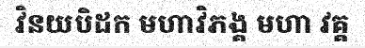
វិនយបិដក មហាវិភង្គ មហា វគ្គ